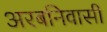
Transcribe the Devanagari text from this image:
अरबनिवासी